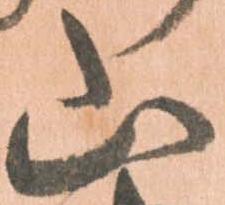
山